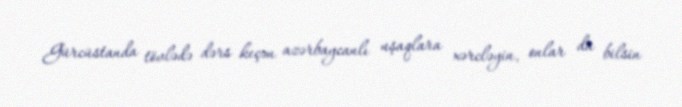
Gürcüstanda tövlədə dərs keçən azərbaycanlı uşaqlara xərcləyin, onlar da bilsin